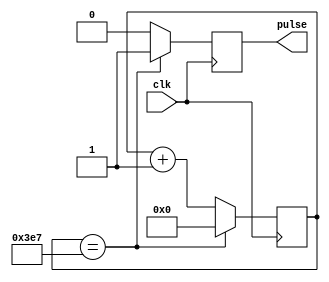
module Timing_control_block (
  input wire clk,
  output wire pulse
);

reg [15:0] counter;

always @(posedge clk) begin
  if (counter == 16'd999) begin
    counter <= 16'd0;
    pulse <= 1;
  end else begin
    counter <= counter + 1;
    pulse <= 0;
  end
end

endmodule